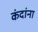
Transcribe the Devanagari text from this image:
कंदांना